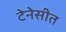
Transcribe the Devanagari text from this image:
टेनेसीत